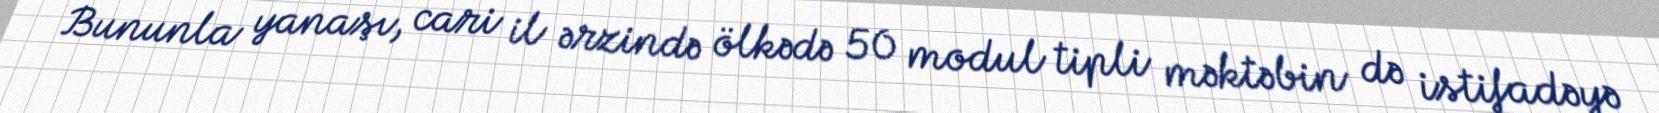
Bununla yanaşı, cari il ərzində ölkədə 50 modul tipli məktəbin də istifadəyə